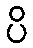
ပိ